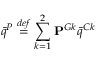
\bar { q } ^ { P } \overset { d e f } { = } \sum _ { k = 1 } ^ { 2 } \mathbf { P } ^ { G k } \bar { q } ^ { C k }